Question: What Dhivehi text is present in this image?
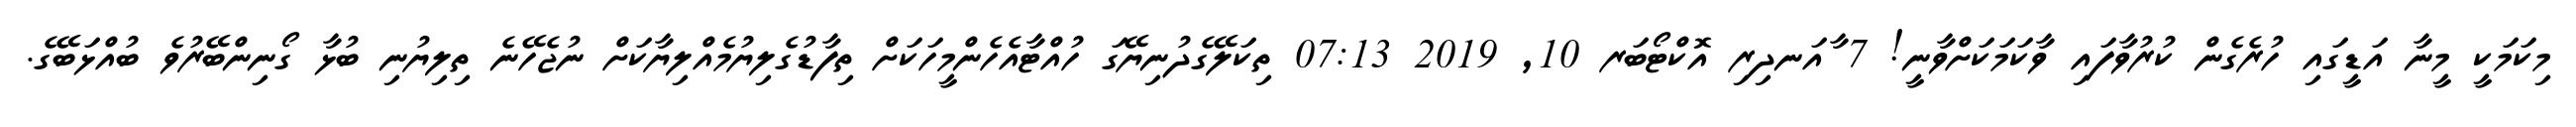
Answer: މިކަމަކީ މީނާ އަޑީގައި ހުރެގެން ކުރުވާފައި ވާކަމަކަށްވާނީ! 7 ާއަނދިރި އޮކްޓޯބަރ 10, 2019 07:13 ތިކަލޭގެދުނިޔޭގަ ހުއްޓާއެހެންމީހަކަށް ތިފާޑުގެލިޔުމެއްލިޔާކަށް ނުޖެހޭނެ ތިލިޔުނި ބުޅާ ގޯނިންބޭރުވެ ބުއްޅަބޭގެ.